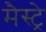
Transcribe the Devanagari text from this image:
मैस्ट्रे